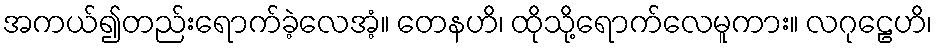
အကယ်၍တည်းရောက်ခဲ့လေအံ့။ တေနဟိ၊ ထိုသို့ရောက်လေမူကား။ လဂုဠေဟိ၊